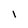
Character: I